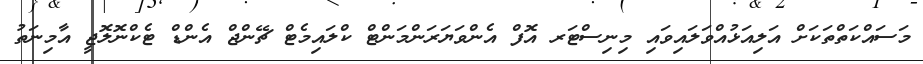
މަސައްކަތްތަކަށް އަލިއަޅުއްވަލައިވައި މިނިސްޓަރ އޮފް އެންވަޔަރަންމަންޓް ކްލައިމެޓް ޗޭންޖް އެންޑް ޓެކްނޮލޮޖީ އާމިނަތު